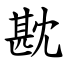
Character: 㽎